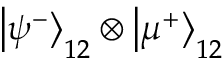
\left| \psi ^ { - } \right\rangle _ { 1 2 } \otimes \left| \mu ^ { + } \right\rangle _ { 1 2 }